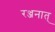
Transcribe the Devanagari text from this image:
रञ्जनात्